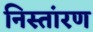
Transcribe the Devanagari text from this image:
निस्तांरण